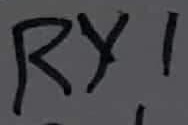
Text: RY1